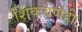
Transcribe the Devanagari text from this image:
शिकवणंही